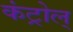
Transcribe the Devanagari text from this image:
कंट्रोल्